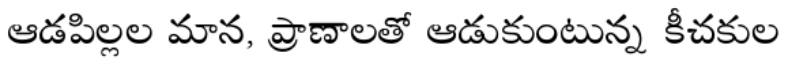
ఆడపిల్లల మాన, ప్రాణాలతో ఆడుకుంటున్న కీచకుల